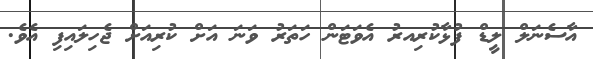
އާސެނަލް ލީޑް ފުޅާކުރިއރު އެވަޓަން ހަތަރު ވަނަ އަށް ކުރިއަށް ޖެހިލައިފި އެވެ.